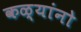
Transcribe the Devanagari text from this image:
कळ्यांनो